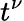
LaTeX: t^{\nu}